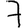
Digit: 7